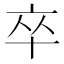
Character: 卒